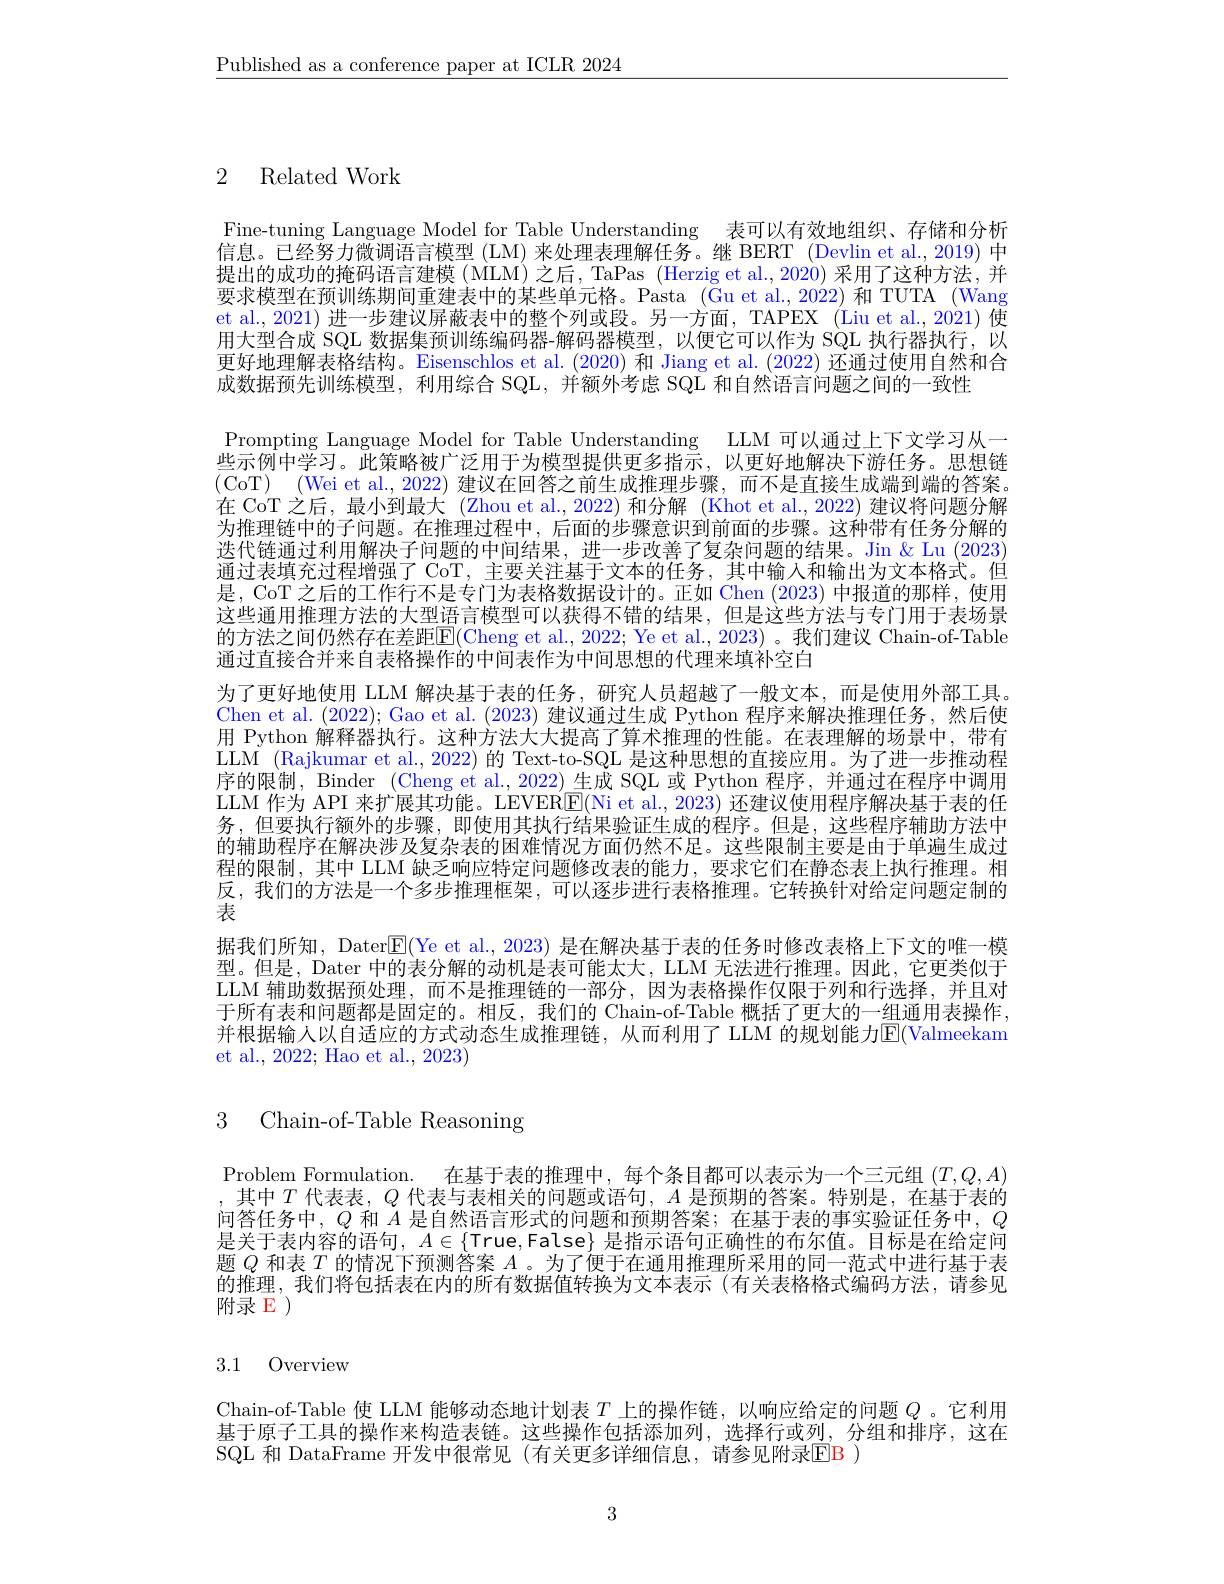
$\underline{\text{Published as a conference paper at ICLR 2024}}$

2 Related Work

Fine-tuning Language Model for Table Understanding 表可以有效地组织、存储和分析信息。已经努力微调语言模型 (LM) 来处理表理解任务。继 BERT (Devlin et al.,2019) 中提出的成功的掩码语言建模 (MLM) 之后，TaPas (Herzig et al., 2020) 采用了这种方法，并要求模型在预训练期间重建表中的某些单元格。Pasta $(\bar{\text{Guet al.}},2022)$和 TUTA (Wang et al., 2021) 进一步建议屏蔽表中的整个列或段。另一方面，TAPEX (Liu et al., 2021) 使用大型合成 SQL 数据集预训练编码器-解码器模型，以便它可以作为 SQL 执行器执行，以更好地理解表格结构。Eisenschlos et al.(2020) 和 Jiang et al.(2022) 还通过使用自然和合成数据预先训练模型，利用综合 SQL, 并额外考虑 SQL 和自然语言问题之间的一致性
Prompting Language Model for Table Understanding LLM 可以通过上下文学习从一些示例中学习。此策略被广泛用于为模型提供更多指示，以更好地解决下游任务。思想链(CoT) (Wei et al.,2022) 建议在回答之前生成推理步骤，而不是直接生成端到端的答案。在 CoT 之后，最小到最大 (Zhou et al., 2022) 和分解 (Khot et al., 2022) 建议将问题分解为推理链中的子问题。在推理过程中，后面的步骤意识到前面的步骤。这种带有任务分解的迭代链通过利用解决子问题的中间结果，进一步改善了复杂问题的结果。Jin & Lu (2023) 通过表填充过程增强了 CoT, 主要关注基于文本的任务，其中输人和输出为文本格式。但是，CoT 之后的工作行不是专门为表格数据设计的。正如 Chen (2023)中报道的那样，使用这些通用推理方法的大型语言模型可以获得不错的结果，但是这些方法与专门用于表场景的方法之间仍然存在差距$\overline{\mathbb{E}}($Cheng et al., 2022; Ye et al., 2023)。我们建议 Chain-of-Table 通过直接合并来自表格操作的中间表作为中间思想的代理来填补空白
为了更好地使用 LLM 解决基于表的任务，研究人员超越了一般文本，而是使用外部工具。Chen et al. (2022); Gao et al. (2023)建议通过生成 Python 程序来解决推理任务，然后使用 Python 解释器执行。这种方法大大提高了算术推理的性能。在表理解的场景中，带有LLM (Rajkumar et al., 2022) 的 Text-to-SQL 是这种思想的直接应用。为了进一步推动程序的限制，Binder (Cheng et al., 2022)生成 SQL 或 Python 程序，并通过在程序中调用LLM 作为 API 来扩展其功能。LEVERE$( Ni et al. , 2023) $还建议使用程序解决基于表的任务，但要执行额外的步骤，即使用其执行结果验证生成的程序。但是，这些程序辅助方法中的辅助程序在解决涉及复杂表的困难情况方面仍然不足。这些限制主要是由于单遍生成过程的限制，其中 LLM 缺乏响应特定问题修改表的能力，要求它们在静态表上执行推理。相反，我们的方法是一个多步推理框架，可以逐步进行表格推理。它转换针对给定问题定制的表
据我们所知，Dater$\overline{\mathrm{E}}($Ye et al., 2023) 是在解决基于表的任务时修改表格上下文的唯一模型。但是，Dater 中的表分解的动机是表可能太大，LLM 无法进行推理。因此，它更类似于LLM 辅助数据预处理，而不是推理链的一部分，因为表格操作仅限于列和行选择，并且对于所有表和问题都是固定的。相反，我们的 Chain-of-Table 概括了更大的一组通用表操作并根据输人以自适应的方式动态生成推理链，从而利用了 LLM 的规划能力E(Valmeekam et al., 2022; Hao et al., 2023)

3 Chain-of-Table Reasoning

Problem Formulation. 在基于表的推理中，每个条目都可以表示为一个三元组$(T,Q,A)$ ,其中$T$代表表，$Q$代表与表相关的问题或语句，$A$是预期的答案。特别是，在基于表的问答任务中，$Q$和$A$是自然语言形式的问题和预期答案；在基于表的事实验证任务中，$Q$ 是关于表内容的语句，$A\in\{$True,False} 是指示语句正确性的布尔值。目标是在给定问题$Q$和表$T$的情况下预测答案$A$。为了便于在通用推理所采用的同一范式中进行基于表的推理，我们将包括表在内的所有数据值转换为文本表示(有关表格格式编码方法，请参见附录 E )

## 3.1 Overview

Chain-of-Table 使 LLM 能够动态地计划表$T$上的操作链，以响应给定的问题$Q$ 。它利用基于原子工具的操作来构造表链。这些操作包括添加列，选择行或列，分组和排序，这在SQL 和 DataFrame 开发中很常见(有关更多详细信息，请参见附录$\color{red}{\mathrm{EB}}$)

3